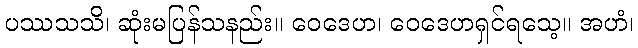
ပဿသသိ၊ ဆုံးမပြန်သနည်း။ ဝေဒေဟ၊ ဝေဒေဟရှင်ရသေ့။ အဟံ၊